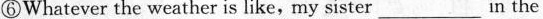
⑥Whatever the weather is like, my sister_in the